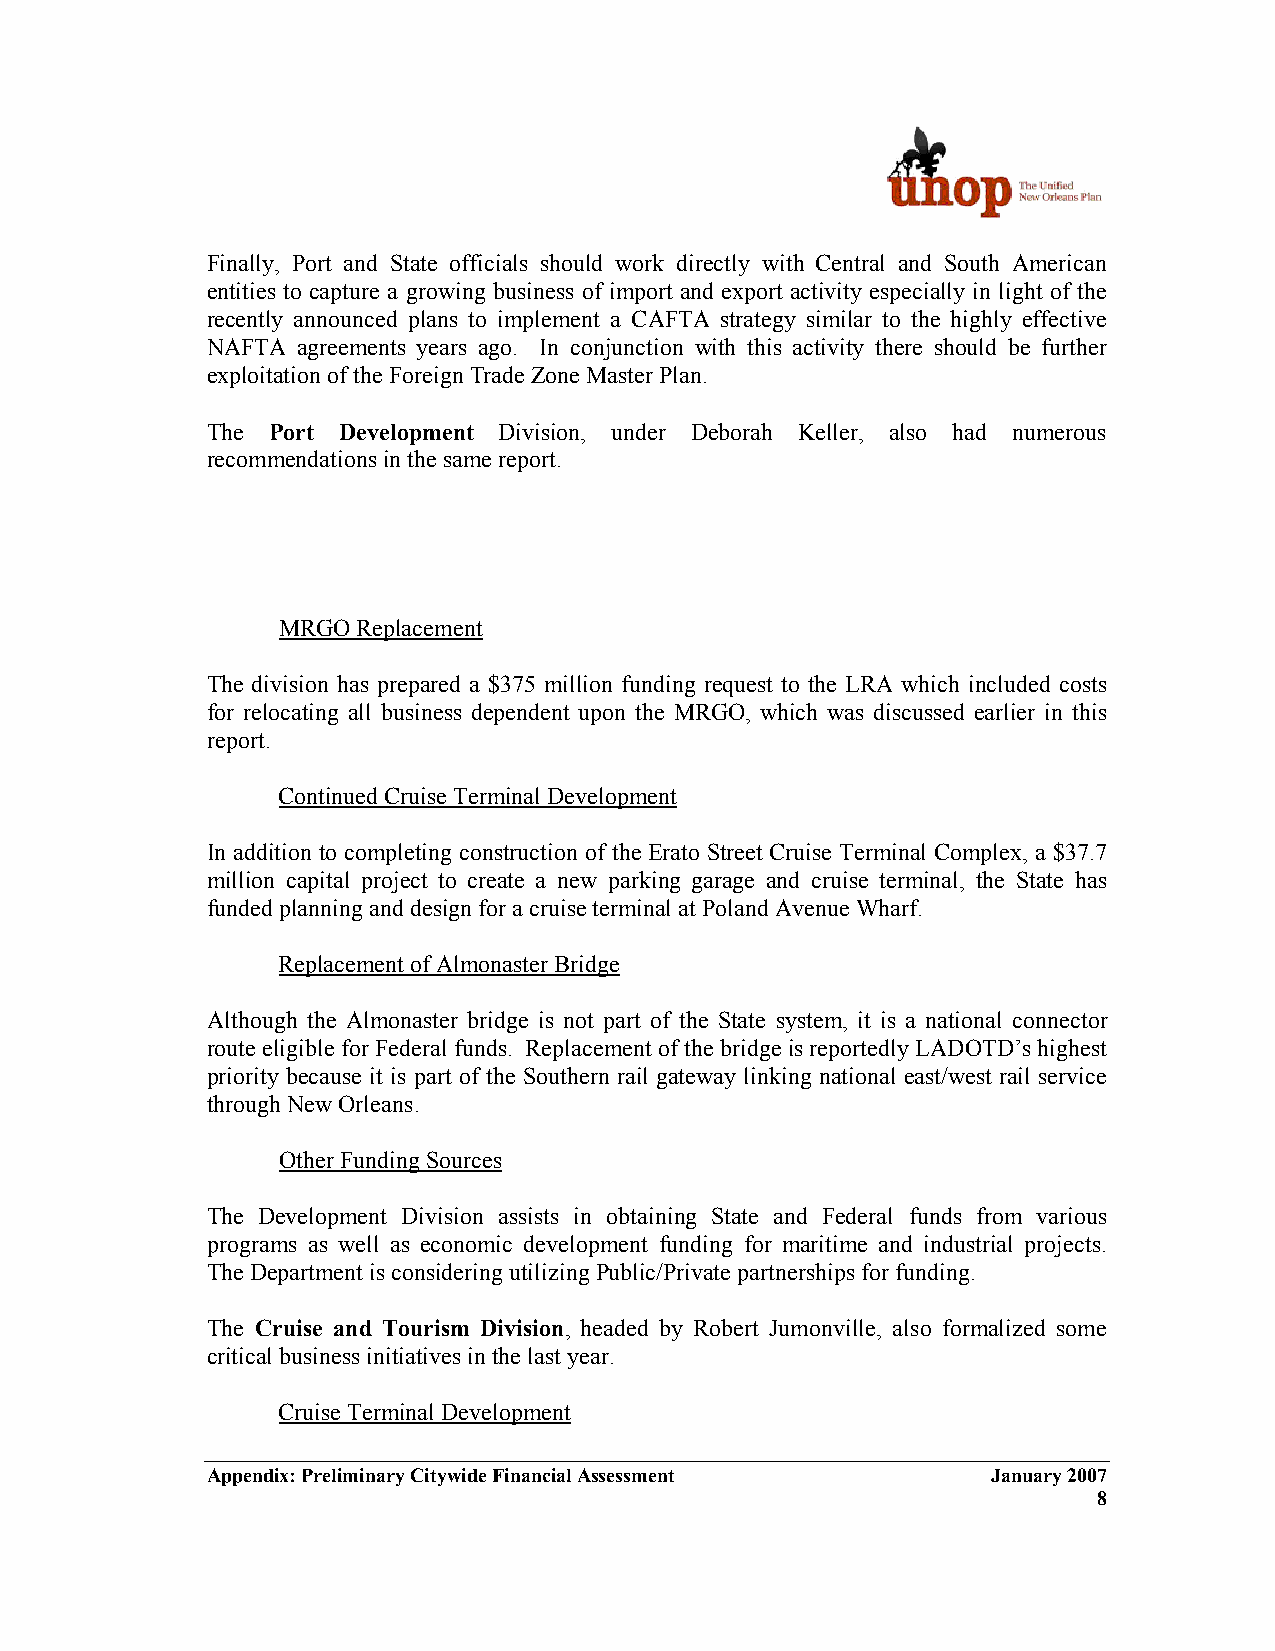
Finally, Port and State officials should work directly with Central and South American
 entities to capture a growing business of import and export activity especially in light of the
 recently announced plans to implement a CAFTA strategy similar to the highly effective
 NAFTA agreements years ago. In conjunction with this activity there should be further
 exploitation of the Foreign Trade Zone Master Plan.
 The Port Development Division, under Deborah Keller, also had numerous
 recommendations in the same report.
 MRGO  Replacement
 The division has prepared a $375 million funding request to the LRA which included costs
 for relocating all business dependent upon the MRGO, which was discussed earlier in this
 report.
 Continued Cruise Terminal Development
 In addition to completing construction of the Erato Street Cruise Terminal Complex, a $37.7
 million capital project to create a new parking garage and cruise terminal, the State has
 funded planning and design for a cruise terminal at Poland Avenue Wharf.
 Replacement of Almonaster Bridge
 Although the Almonaster bridge is not part of the State system, it is a national connector
 route eligible for Federal funds. Replacement of the bridge is reportedly LADOTD’s highest
 priority because it is part of the Southern rail gateway linking national east/west rail service
 through New Orleans.
 Other Funding Sources
 The Development Division assists in obtaining State and Federal funds from various
 programs as well as economic development funding for maritime and industrial projects.
 The Department is considering utilizing Public/Private partnerships for funding.
 The Cruise and Tourism Division, headed by Robert Jumonville, also formalized some
 critical business initiatives in the last year.
 Cruise Terminal Development
 Appendix: Preliminary Citywide Financial Assessment January 2007
 8